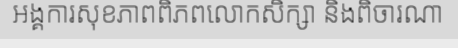
អង្គការសុខភាពពិភពលោកសិក្សា និងពិចារណា